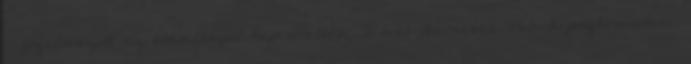
– fogalmazott az eseménnyel kapcsolatban Tamás Barnabás, Putnok polgármestere.